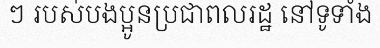
ៗ របស់បងប្អូនប្រជាពលរដ្ឋ នៅទូទាំង